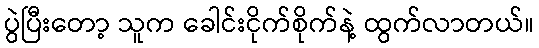
ပွဲပြီးတော့ သူက ခေါင်းငိုက်စိုက်နဲ့ ထွက်လာတယ်။